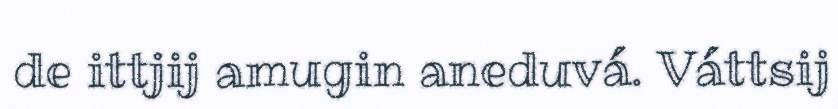
de ittjij amugin aneduvá. Váttsij